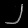
Digit: ၂